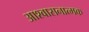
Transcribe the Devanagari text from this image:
आश्वासनात्मक